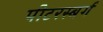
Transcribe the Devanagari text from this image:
पीटरस्बर्ग